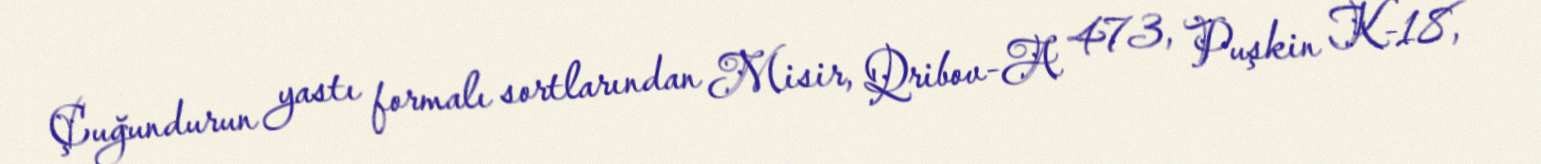
Çuğundurun yastı formalı sortlarından Misir, Qribov-A 473, Puşkin K-18,